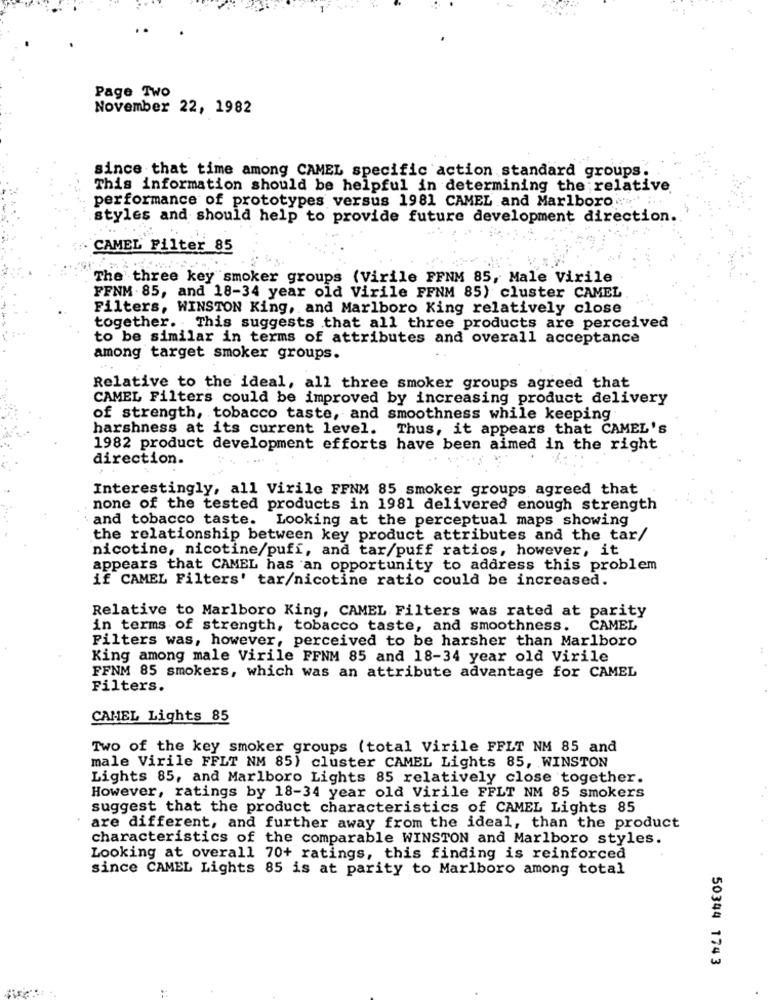
Page Two
November 22, 1982
since that time among CAMEL specific action standard groups.
This information should be helpful in determining the relative
performance of prototypes versus 1981 CAMEL and Marlboro ... . ...
styles and should help to provide future development direction.
CAMEL Filter 85
The three key smoker groups (Virile FFNM 85, Male Virile
FFNM . 85, and 18-34 year old Virile FFNM 85) cluster CAMEL
Filters, WINSTON King, and Marlboro King relatively close
together. This suggests that all three products are perceived
to be similar in terms of attributes and overall acceptance
among target smoker groups.
Relative to the ideal, all three smoker groups agreed that
CAMEL Filters could be improved by increasing product delivery
of strength, tobacco taste, and smoothness while keeping
harshness at its current level.
Thus, it appears that CAMEL's
1982 product development efforts have been aimed in the right
direction.
Interestingly, all Virile FFNM 85 smoker groups agreed that
none of the tested products in 1981 delivered enough strength
and tobacco taste. Looking at the perceptual maps showing
the relationship between key product attributes and the tar/
nicotine, nicotine/puff, and tar/puff ratios, however, it
appears that CAMEL has an opportunity to address this problem
if CAMEL Filters' tar/nicotine ratio could be increased.
Relative to Marlboro King, CAMEL Filters was rated at parity
in terms of strength, tobacco taste, and smoothness.
CAMEL
Filters was, however, perceived to be harsher than Marlboro
King among male Virile FFNM 85 and 18-34 year old Virile
FFNM 85 smokers, which was an attribute advantage for CAMEL
Filters.
CAMEL Lights 85
Two of the key smoker groups (total Virile FFLT NM 85 and
male Virile FFLT NM 85) cluster CAMEL Lights 85, WINSTON
Lights 85, and Marlboro Lights 85 relatively close together.
However, ratings by 18-34 year old Virile FFLT NM 85 smokers
suggest that the product characteristics of CAMEL Lights 85
are different, and further away from the ideal, than the product
characteristics of the comparable WINSTON and Marlboro styles.
Looking at overall 70+ ratings, this finding is reinforced
since CAMEL Lights 85 is at parity to Marlboro among total
50344 1743